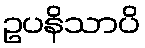
ဥပနိသာပိ